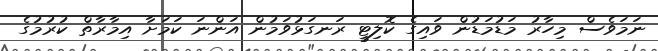
ނަމަވެސް މިހާރު މަޑުމަޑުން ވައިގެ ކޮލިޓީ ރަނގަޅުވަމުން އަންނަ ކަމަށާ އިމާރާތް ކުރުމުގެ